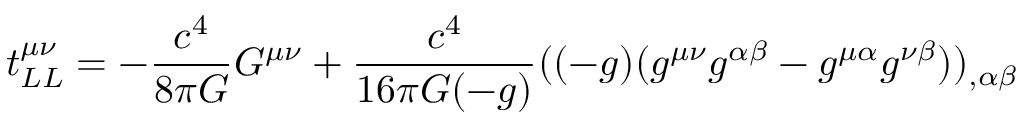
t _ { L L } ^ { \mu \nu } = - { \frac { c ^ { 4 } } { 8 \pi G } } G ^ { \mu \nu } + { \frac { c ^ { 4 } } { 1 6 \pi G ( - g ) } } ( ( - g ) ( g ^ { \mu \nu } g ^ { \alpha \beta } - g ^ { \mu \alpha } g ^ { \nu \beta } ) ) _ { , \alpha \beta }